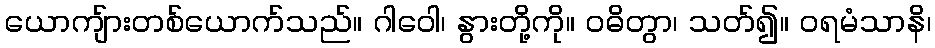
ယောကျ်ားတစ်ယောက်သည်။ ဂါဝေါ၊ နွားတို့ကို။ ဝဓိတွာ၊ သတ်၍။ ဝရမံသာနိ၊